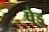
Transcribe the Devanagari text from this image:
पेड्ड